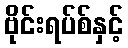
ဗိုင်းရပ်စ်နှင့်